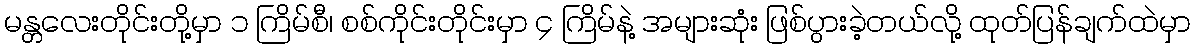
မန္တလေးတိုင်းတို့မှာ ၁ ကြိမ်စီ၊ စစ်ကိုင်းတိုင်းမှာ ၄ ကြိမ်နဲ့ အများဆုံး ဖြစ်ပွားခဲ့တယ်လို့ ထုတ်ပြန်ချက်ထဲမှာ